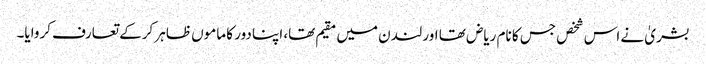
بشریٰ نے اس شخص جس کا نام ریاض تھا اور لندن میں مقیم تھا، اپنا دور کا ماموں ظاہر کرکے تعارف کروایا۔